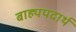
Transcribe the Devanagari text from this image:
बाह्यपदार्थ